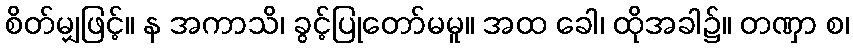
စိတ်မျှဖြင့်။ န အကာသိ၊ ခွင့်ပြုတော်မမူ။ အထ ခေါ၊ ထိုအခါ၌။ တဏှာ စ၊